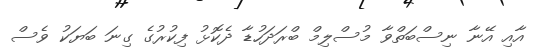
އާއި އޭނާ ނިސްބަތްވާ މުސްލިމް ބްރަދަހުޑާ ދެކޮޅު ފިކުރުގެ ގިނަ ބަޔަކު ވެސް